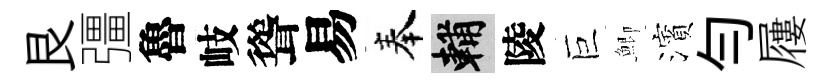
艮彊魯岐聳易奉輔陵巨鯽濱勻屨